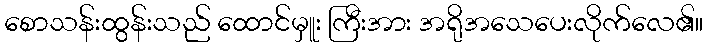
စောသန်းထွန်းသည် ထောင်မှူး ကြီးအား အရိုအသေပေးလိုက်လေ၏။